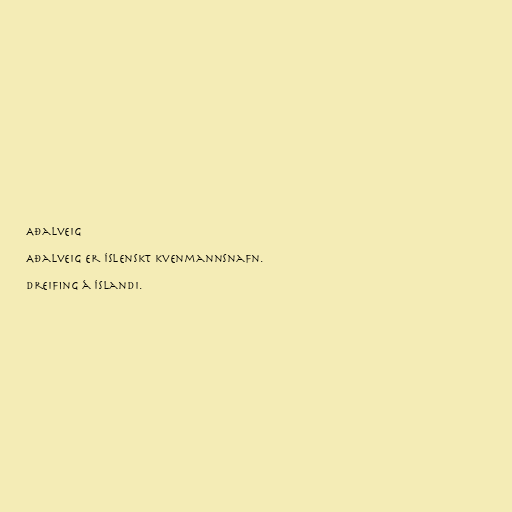
Aðalveig

Aðalveig er íslenskt kvenmannsnafn.

Dreifing á Íslandi.